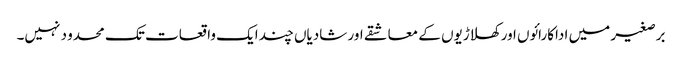
برصغیر میں اداکارائوں اور کھلاڑیوں کے معاشقے اور شادیاں چند ایک واقعات تک محدو د نہیں۔